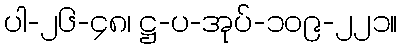
ပါ-၂၆-၄၈၊ ဋ္ဌ-ပ-အုပ်-၁၀၉-၂၂၁။